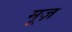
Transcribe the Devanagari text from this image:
मूज़